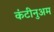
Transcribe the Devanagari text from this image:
कंटीनुअम